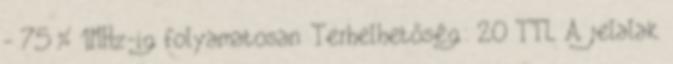
- 75% 1MHz-ig folyamatosan. Terhelhetőség: 20 TTL. A jelalak